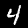
Digit: 4